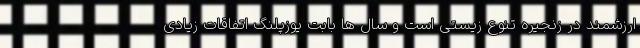
ارزشمند در زنجیره تنوع زیستی است و سال ها بابت یوزپلنگ اتفاقات زیادی